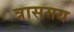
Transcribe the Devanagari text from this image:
त्रासमय